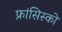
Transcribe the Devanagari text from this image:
फ्रांसिस्‍को